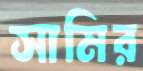
সামির